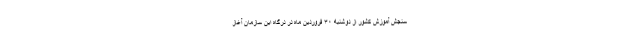
سنجش آموزش کشور از دوشنبه ۳۰ فروردین ماه در درگاه این سازمان آغاز